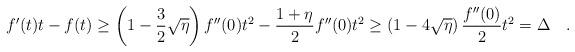
LaTeX: \begin{align*}f'(t)t-f(t)\geq \left(1-\frac{3}{2}\sqrt{\eta}\right)f''(0)t^2-\frac{1+\eta}{2}f''(0)t^2\geq \left(1-4\sqrt{\eta}\right)\frac{f''(0)}{2}t^2=\Delta\quad.\end{align*}